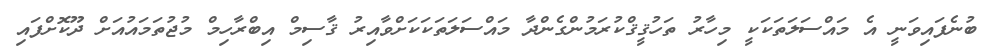
ބުނެފައިވަނީ އެ މައްސަލަތަކަކީ މިހާރު ތަހުޤީޤްކުރަމުންގެންދާ މައްސަލަތަކަކަށްވާއިރު ޤާސިމް އިބްރާހިމް މުޖުތަމައުއަށް ދޫކޮށްފައި